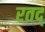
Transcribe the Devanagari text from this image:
रतद्